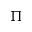
\Pi